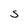
Character: S